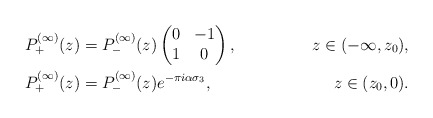
\begin{align*}&P^{(\infty)}_+(z)=P^{(\infty)}_-(z)\begin{pmatrix}0&-1\\1&0\end{pmatrix}, &z\in (-\infty,z_0),\\&P^{(\infty)}_+(z)=P^{(\infty)}_-(z)e^{-\pi i\alpha\sigma_3}, &z\in (z_0,0).\end{align*}